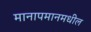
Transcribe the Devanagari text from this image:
मानापमानमधील